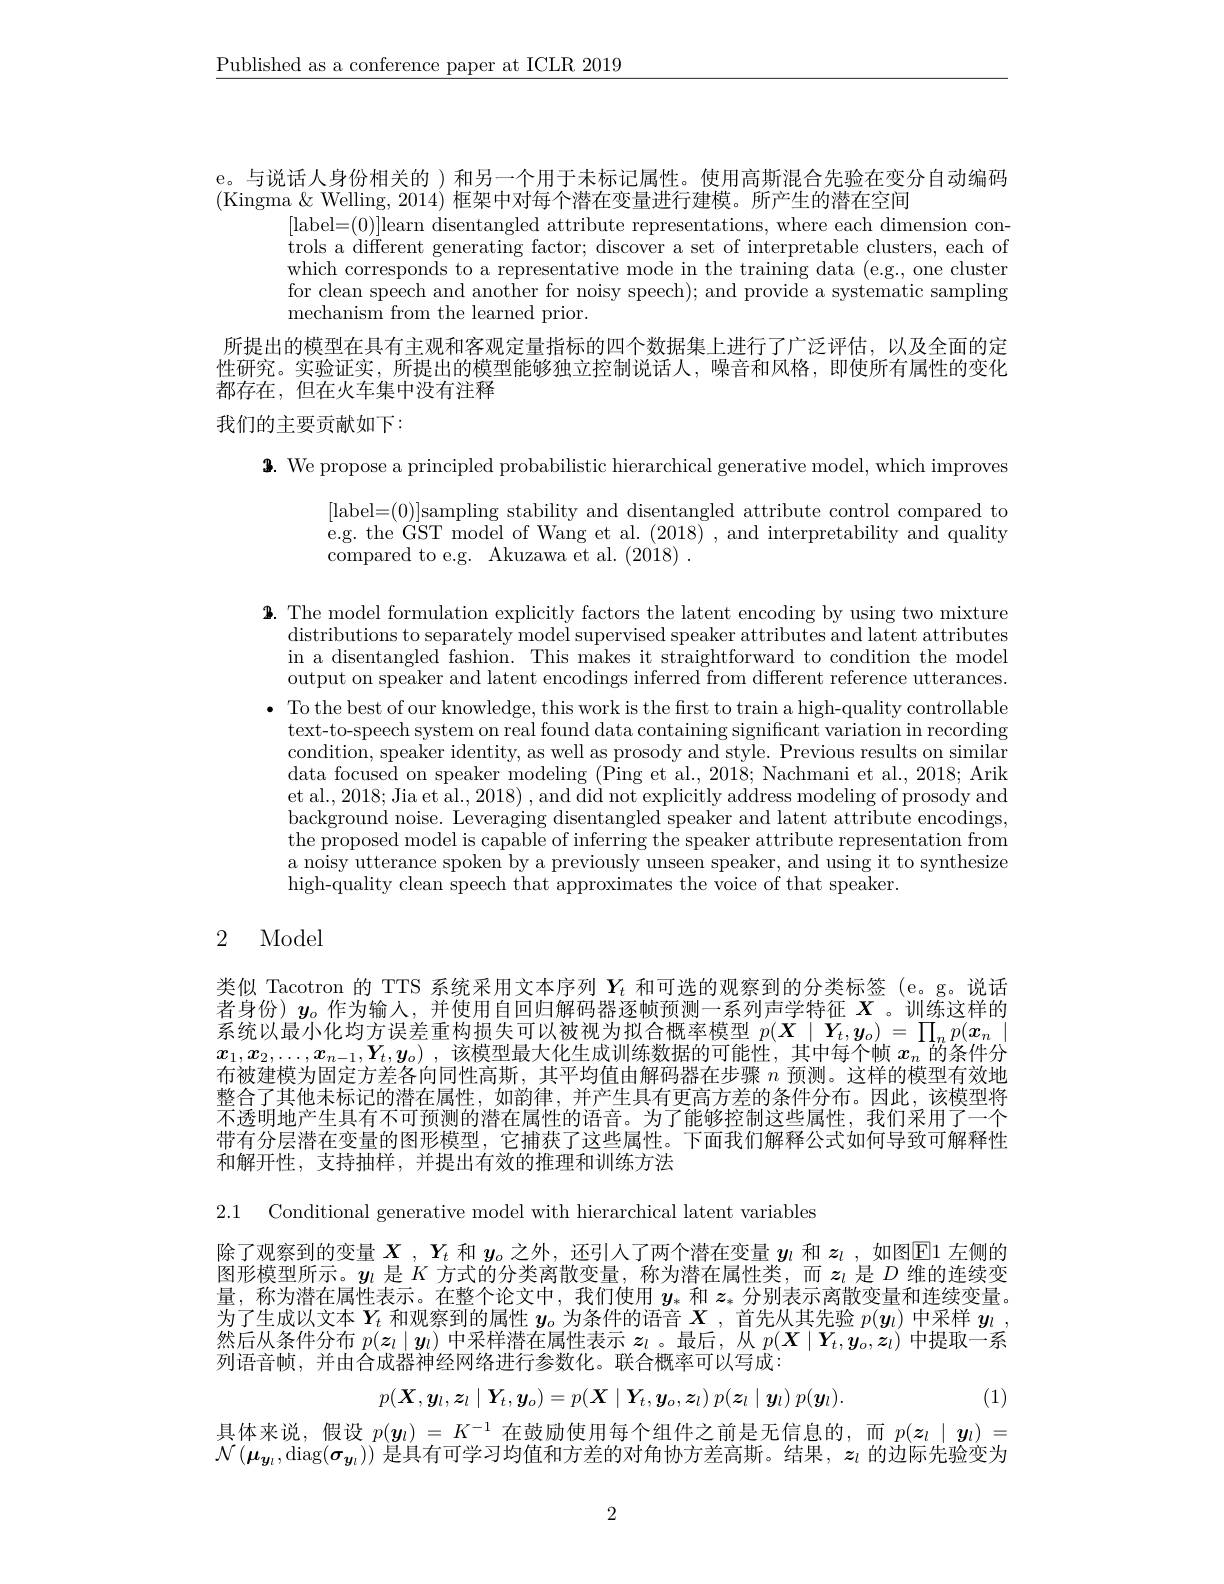
$\underline{\text{Published as a conference paper at ICLR 2019}}$

e。与说话人身份相关的 )和另一个用于未标记属性。使用高斯混合先验在变分自动编码
(Kingma &Welling, 2014) 框架中对每个潜在变量进行建模。所产生的潜在空间
[label=(0)]learn disentangled attribute representations, where each dimension controls a different generating factor; discover a set of interpretable clusters, each of which corresponds to a representative mode in the training data (e.g., one cluster for clean speech and another for noisy speech); and provide a systematic sampling mechanism from the learned prior.
所提出的模型在具有主观和客观定量指标的四个数据集上进行了广泛评估，以及全面的定性研究。实验证实，所提出的模型能够独立控制说话人，噪音和风格，即使所有属性的变化都存在，但在火车集中没有注释

我们的主要贡献如下：

$\textbf{3. We propose a principled probabilistic hierarchical generative model, which improves}$
$$[$label=(0)]$sampling stability and disentangled attribute control compared to e.g. the GST model of Wang et al. (2018) , and interpretability and quality $\bar{\text{compared to e. g. Akuzawa et al. ( 2018) }}$ .

$\textbf{2. The model formulation explicitly factors the latent encoding by using two mixture}$
distributions to separately model supervised speaker attributes and latent attributes in a disentangled fashion. This makes it straightforward to condition the model output on speaker and latent encodings inferred from different reference utterances.
$\bullet$ To the best of our knowledge, this work is the first to train a high-quality controllable
text-to-speech system on real found data containing significant variation in recording $\bar{\text{condition, speaker identity, as well as prosody and style. Previous results on similar}}$ data focused on speaker modeling (Ping et al., 2018; Nachmani et al., 2018; Arik et al., 2018; Jia et al., 2018) , and did not explicitly address modeling of prosody and background noise. Leveraging disentangled speaker and latent attribute encodings, the proposed model is capable of inferring the speaker attribute representation from a noisy utterance spoken by a previously unseen speaker, and using it to synthesize high-quality clean speech that approximates the voice of that speaker.

## 2 Model

类似 Tacotron 的 TTS 系统采用文本序列$Y_t$和可选的观察到的分类标签 (e。g。说话者身份)$y_o$作为输入，并使用自回归解码器逐帧预测一系列声学特征$X$。训练这样的系统以最小化均方误差重构损失可以被视为拟合概率模型$p(\boldsymbol{X}\mid\boldsymbol{Y}_t,\boldsymbol{y}_o)=\prod_np(\boldsymbol{x}_n\mid$ $x_1,x_2,\ldots,x_{n-1},Y_t,y_o)$ ,该模型最大化生成训练数据的可能性，其中每个帧$x_n$的条件分布被建模为固定方差各向同性高斯，其平均值由解码器在步骤$n$预测。这样的模型有效地整合了其他未标记的潜在属性，如韵律，并产生具有更高方差的条件分布。因此，该模型将不透明地产生具有不可预测的潜在属性的语音。为了能够控制这些属性，我们采用了一个带有分层潜在变量的图形模型，它捕获了这些属性。下面我们解释公式如何导致可解释性和解开性，支持抽样，并提出有效的推理和训练方法

2.1 Conditional generative model with hierarchical latent variables

除了观察到的变量$X$ , $Y_t$和$y_o$之外，还引人了两个潜在变量$y_l$和$z_l$ ,如图$\mathbb{E}$1 左侧的图形模型所示。$y_l$是$K$方式的分类离散变量，称为潜在属性类，而$z_l$是$D$维的连续变量，称为潜在属性表示。在整个论文中，我们使用$y_*$和$z_*$分别表示离散变量和连续变量。为了生成以文本$Y_t$和观察到的属性$y_o$为条件的语音$X$ ,首先从其先验$p(\boldsymbol{y}_l)$中采样$\boldsymbol{y}_l$ , 然后从条件分布$p(z_l\mid y_l)$中采样潜在属性表示$z_l$ 。最后，从$p(\boldsymbol{X}\mid\boldsymbol{Y}_t,\boldsymbol{y}_o,\boldsymbol{z}_l)$中提取一系列语音帧，并由合成器神经网络进行参数化。联合概率可以写成：
$$p(X,\boldsymbol{y}_{l},\boldsymbol{z}_{l}\mid\boldsymbol{Y}_{t},\boldsymbol{y}_{o})=p(\boldsymbol{X}\mid\boldsymbol{Y}_{t},\boldsymbol{y}_{o},\boldsymbol{z}_{l})\:p(\boldsymbol{z}_{l}\mid\boldsymbol{y}_{l})\:p(\boldsymbol{y}_{l}).$$
(1)

具体来说，假设$p(\boldsymbol{y}_l)=K^{-1}$在鼓励使用每个组件之前是无信息的，而$p(\boldsymbol{z}_l\mid\boldsymbol{y}_l)=$ $\mathcal{N}(\boldsymbol{\mu}_{\boldsymbol{y}_l}$,diag$(\boldsymbol\sigma_{\boldsymbol{y}_l}))$ 是具有可学习均值和方差的对角协方差高斯。结果$,\boldsymbol z_l$ 的边际先验变为

2